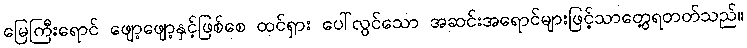
မြေကြီးရောင် ဖျော့ဖျော့နှင့်ဖြစ်စေ ထင်ရှား ပေါ်လွင်သော အဆင်းအရောင်များဖြင့်သာတွေ့ရတတ်သည်။